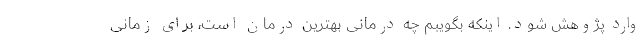
وارد پژوهش شود. اینکه بگویبم چه درمانی بهترین درمان است، برای زمانی